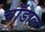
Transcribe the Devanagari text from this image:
चाँडाल